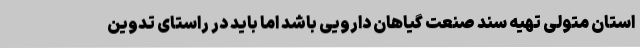
استان متولی تهیه سند صنعت گیاهان دارویی باشد اما باید در راستای تدوین